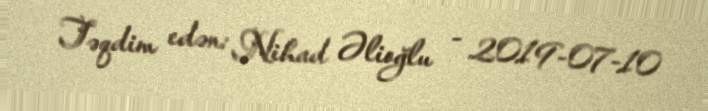
Təqdim edən: Nihad Əlioğlu - 2019-07-10